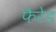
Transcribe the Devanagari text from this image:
फैरेड